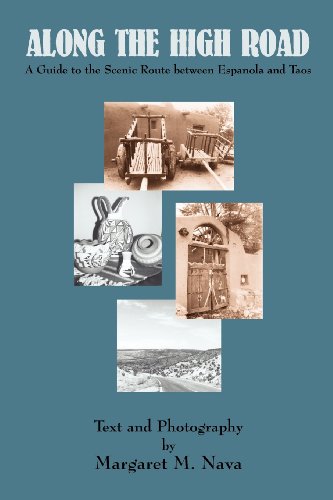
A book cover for Along the High Road: A Guide to the Scenic Route Between Espanola and Taos, New Mexico; Margaret M. Nava; Travel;